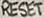
Text: RESET